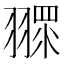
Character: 𦑶